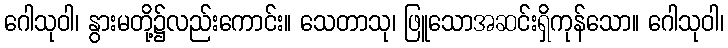
ဂေါသုဝါ၊ နွားမတို့၌လည်းကောင်း။ သေတာသု၊ ဖြူသောအဆင်းရှိကုန်သော။ ဂေါသုဝါ၊